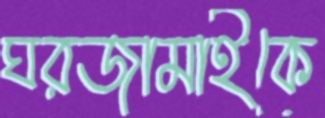
ঘরজামাইকে